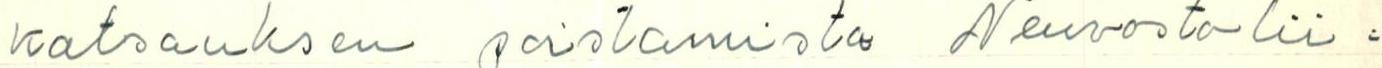
katsauksen poistamista Neuvostolii=